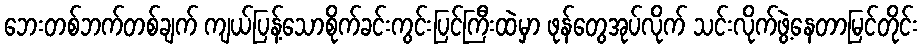
ဘေးတစ်ဘက်တစ်ချက် ကျယ်ပြန့်သောစိုက်ခင်းကွင်းပြင်ကြီးထဲမှာ ဖုန်တွေအုပ်လိုက် သင်းလိုက်ဖွဲ့နေတာမြင်တိုင်း